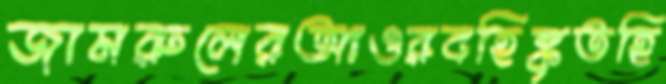
জামরুলেরআওরবহিষ্কৃতহি